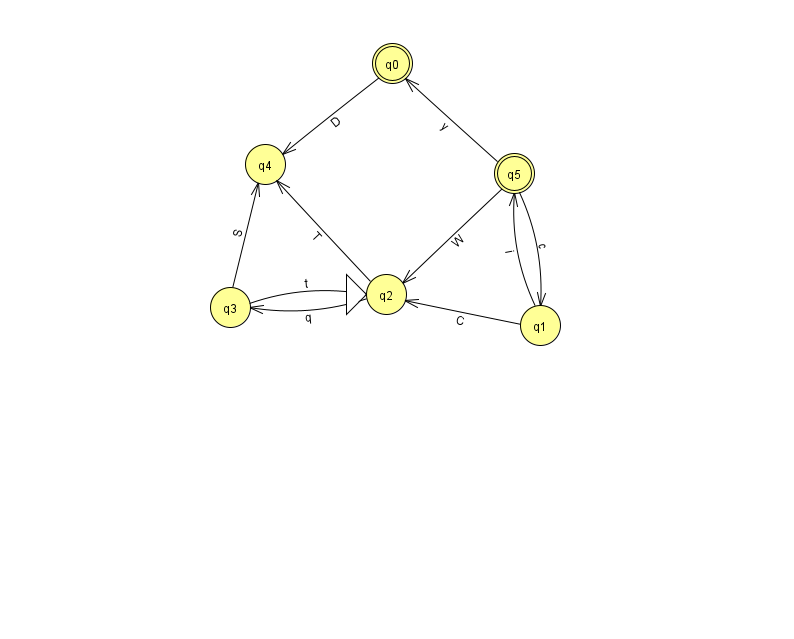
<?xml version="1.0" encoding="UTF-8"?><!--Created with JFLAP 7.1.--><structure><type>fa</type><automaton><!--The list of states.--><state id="0" name="q0"><x>392.0</x><y>50.0</y><final/></state><state id="1" name="q1"><x>540.0</x><y>312.0</y></state><state id="2" name="q2"><x>386.0</x><y>281.0</y><initial/></state><state id="3" name="q3"><x>230.0</x><y>294.0</y></state><state id="4" name="q4"><x>265.0</x><y>151.0</y></state><state id="5" name="q5"><x>514.0</x><y>160.0</y><final/></state><!--The list of transitions.--><transition><from>2</from><to>4</to><read>T</read></transition><transition><from>5</from><to>2</to><read>W</read></transition><transition><from>5</from><to>0</to><read>y</read></transition><transition><from>2</from><to>3</to><read>q</read></transition><transition><from>1</from><to>5</to><read>i</read></transition><transition><from>3</from><to>4</to><read>S</read></transition><transition><from>3</from><to>2</to><read>t</read></transition><transition><from>1</from><to>2</to><read>C</read></transition><transition><from>0</from><to>4</to><read>D</read></transition><transition><from>5</from><to>1</to><read>c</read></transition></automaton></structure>